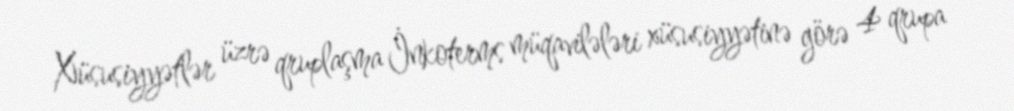
Xüsusiyyətlər üzrə qruplaşma İnkoterms müqavilələri xüsusiyyətinə görə 4 qrupa